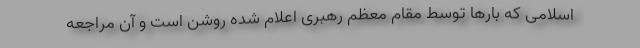
اسلامی که بارها توسط مقام معظم رهبری اعلام شده روشن است و آن مراجعه